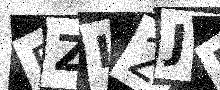
Text: RZI2JP